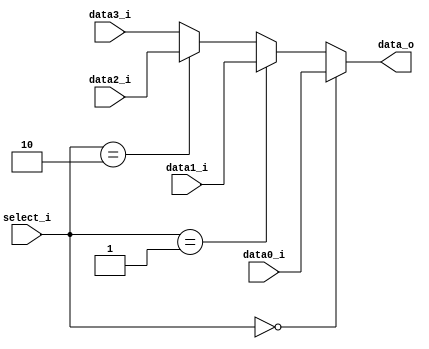
module MUX_4to1(
               input [size-1:0] data0_i,
               input [size-1:0] data1_i,
			   input [size-1:0] data2_i,
			   input [size-1:0] data3_i,
               input [1:0] select_i,
               output [size-1:0] data_o
               );

parameter size = 0;

assign data_o = (select_i == 0) ? data0_i : (select_i == 1) ? data1_i : (select_i == 2) ? data2_i : data3_i;

endmodule